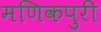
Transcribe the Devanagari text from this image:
मणिकपुरी